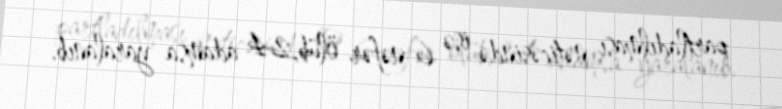
partladılması nəticəsində isə 6 nəfər ölüb,24 adamsa yaralanıb.